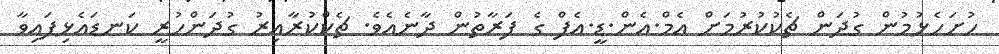
ހުށަހެޅުމުން ގުދަން ޗެކުކުރުމަށް އެމް.އެން.ޑީ.އެފް ގެ ފަރާތުން ދާނެއެވެ. ޗެކްކުރާއިރު ގުދަންހުރީ ކަނޑައެޅިފައިވާ